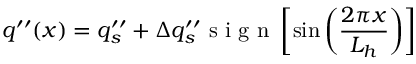
q ^ { \prime \prime } ( x ) = q _ { s } ^ { \prime \prime } + \Delta q _ { s } ^ { \prime \prime } \mathrm { ~ s ~ i ~ g ~ n ~ } \left[ \sin { \left( \frac { 2 \pi x } { L _ { h } } \right) } \right]